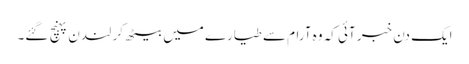
ایک دن خبر آئی کہ وہ آرام سے طیارے میں بیٹھ کر لندن پہنچ گئے۔